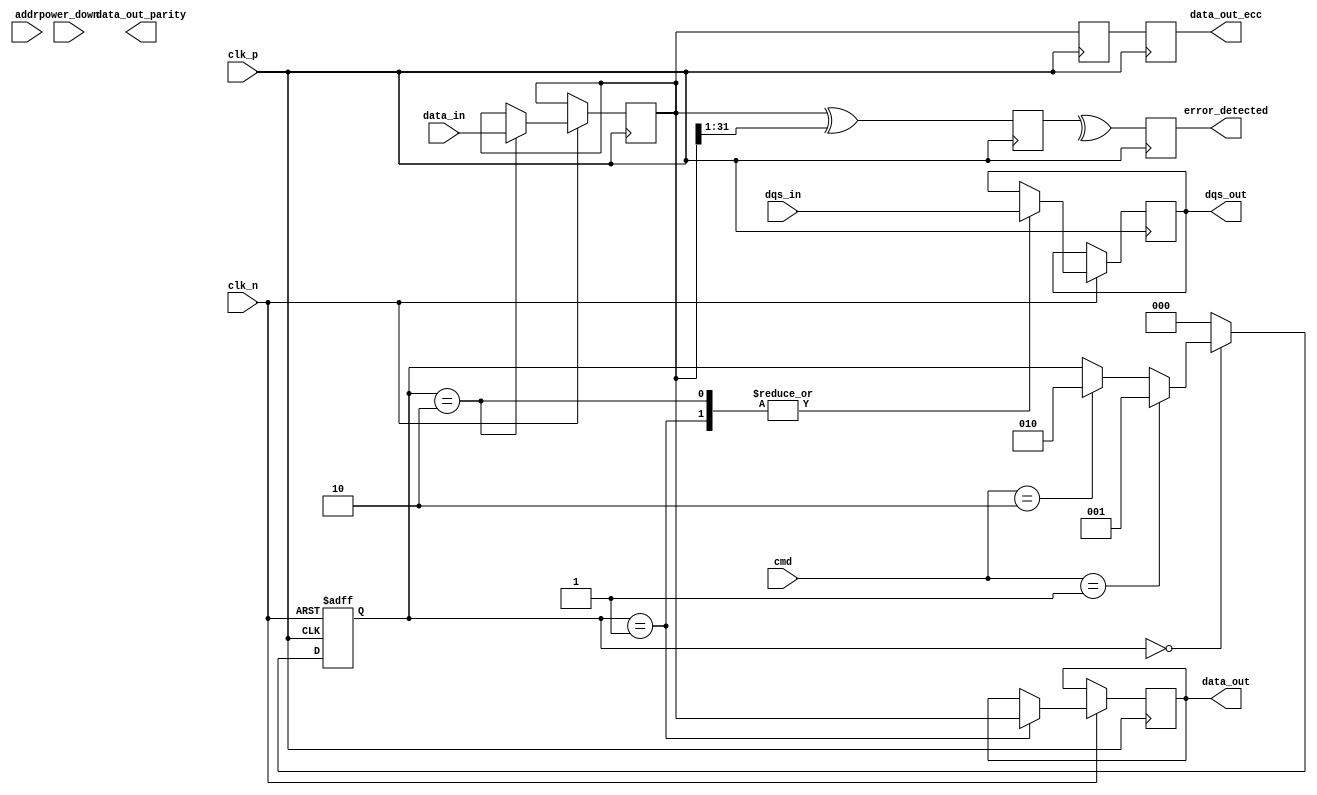
module lpddr_io_block #(
    parameter DATA_WIDTH = 32, // Data bus width (16, 32, or 64 bits)
    parameter CMD_WIDTH = 3,    // Command width (e.g., READ, WRITE, PRECHARGE)
    parameter ADDR_WIDTH = 16    // Address width
)(
    input wire clk_p,            // Positive differential clock input
    input wire clk_n,            // Negative differential clock input
    input wire [DATA_WIDTH-1:0] data_in, // Data input from memory controller
    output reg [DATA_WIDTH-1:0] data_out, // Data output to memory controller
    input wire [CMD_WIDTH-1:0] cmd, // Command input
    input wire [ADDR_WIDTH-1:0] addr, // Address input
    input wire dqs_in,           // Data Strobe input
    output reg dqs_out,          // Data Strobe output
    input wire power_down,       // Power down control signal
    output reg [DATA_WIDTH-1:0] data_out_ecc, // Data output with ECC
    output reg error_detected,    // Error detection signal
    output reg [DATA_WIDTH-1:0] data_out_parity // Data output with parity
);

// Internal signals
reg [DATA_WIDTH-1:0] data_buffer;
reg [DATA_WIDTH-1:0] data_buffer_ecc;
reg [DATA_WIDTH-1:0] data_buffer_parity;
reg clk_gate; // Clock gating signal
reg [2:0] state; // State machine for command processing

// State machine for command processing
always @(posedge clk_p or negedge clk_n) begin
    if (!clk_n) begin
        state <= 3'b000; // Reset state
    end else begin
        case (state)
            3'b000: begin // Idle state
                if (cmd == 3'b001) begin // Example: READ command
                    state <= 3'b001; // Transition to READ state
                end else if (cmd == 3'b010) begin // Example: WRITE command
                    state <= 3'b010; // Transition to WRITE state
                end
            end
            3'b001: begin // READ state
                data_out <= data_buffer; // Output data
                dqs_out <= dqs_in; // Output DQS
                state <= 3'b000; // Return to idle
            end
            3'b010: begin // WRITE state
                data_buffer <= data_in; // Store incoming data
                dqs_out <= dqs_in; // Output DQS
                state <= 3'b000; // Return to idle
            end
            default: state <= 3'b000; // Default to idle
        endcase
    end
end

// Power management logic
always @(posedge clk_p) begin
    if (power_down) begin
        clk_gate <= 1'b0; // Disable clock
    end else begin
        clk_gate <= 1'b1; // Enable clock
    end
end

// Error detection and ECC logic (simplified)
always @(posedge clk_p) begin
    // Simple parity check for error detection
    data_buffer_parity <= data_buffer ^ (data_buffer >> 1);
    error_detected <= ^data_buffer_parity; // Check for parity error
end

// ECC generation (simplified)
always @(posedge clk_p) begin
    // Simple ECC generation (placeholder)
    data_buffer_ecc <= data_buffer; // Placeholder for ECC logic
    data_out_ecc <= data_buffer_ecc; // Output ECC data
end

endmodule